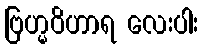
ဗြဟ္မဝိဟာရ လေးပါး